Vaccination in Burma 1912-1922 - 1912-1922
Year: 1912
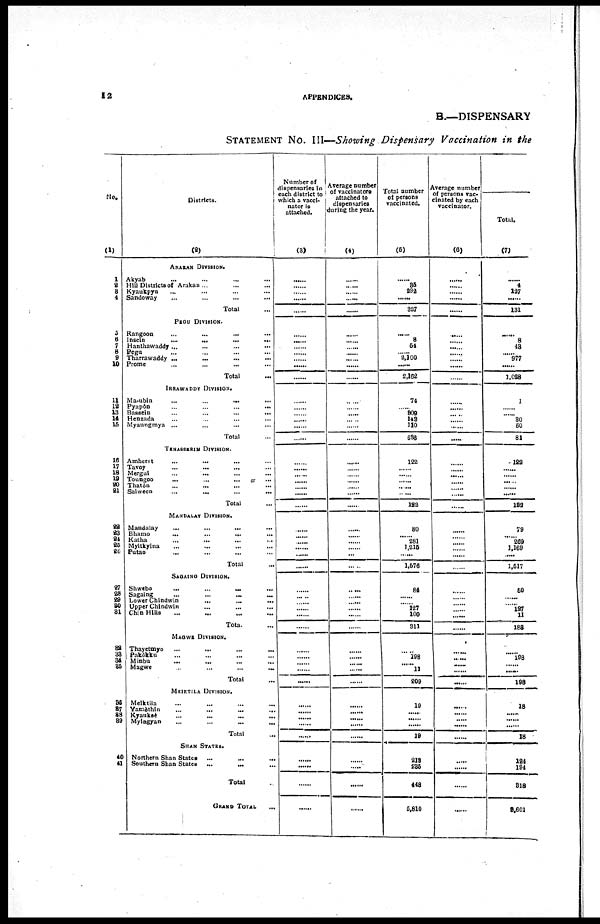
12
APPENDICES.
B.—DISPENSARY
STATEMENT No. III—Showing Dispensary Vaccination in the
No.
(1)
1
2
3
4
5
6
7
8
9
10
11
12
13
14
16
16
17
18
19
20
21
22
23
24
25
26
27
28
29
30
31
32
33
34
35
36
37 38
39
40
41
Districts.
(2)
ARAKAN DIVISION.
Akyab ... ... ... ...
Hill Districts of Arakan... ... ...
Kyaukpyu ... ... ... ...
Sandoway ... ... ... ...
Total ...
PEGU DIVISION.
Rangoon
...
...
...
...
Insein
...
...
...
...
Hanthawaddy... ... ... ...
Pegu ... ... ... ...
Tharrawaddy ...
...
... ...
Prome ... ... ... ...
Total ...
IRRAWADDY DIVISION.
Ma-ubin
...
...
... ...
Pyapôn ... ... ... ...
Bassein
...
...
...
...
Henzada ... ... ... ...
Myaungmya ...
...
... ...
Total ...
TENASSERIM DIVISION.
Amherst
...
... ... ...
Tavoy
...
... ... ...
Mergui
...
... ... ...
Toungoo ... ... ... ...
Thatôn ... ... ... ...
Salween ... ... ... ...
Total ...
MANDALAY DIVISION.
Mandalay
...
...
...
...
Bhamo
...
...
... ...
Katha ... ... ... ...
Myitkyina ... ... ... ...
Putao ... ... ... ...
Total ...
SAGAING DIVISION.
Shwebo
...
...
...
...
Sagaing
...
...
...
...
Lower Chindwin
...
...
... ...
Upper Chindwin ... ... ... ...
Chin Hills ... ... ... ...
Total. ...
MAGWE DIVISION.
Thayetmyo
...
...
...
...
Pakôkku ... ... ... ...
Minbu
... ... ... ...
Magwe
..
...
...
...
Total ...
MEIKTILA DIVISION.
Meiktila ... ... ... ...
Yaraèthin
...
...
...
...
Kyauksè ... ... ... ...
Myingyan ... ... ... ...
Total ...
SHAN STATES.
Northern Shan States
... ... ...
Southern Shan States
...
...
...
Total ...
GRAND TOTAL
Number of
dispensaries in
each district to
which a vacci-
nator is
attached.
(3)
......
......
......
......
......
......
......
......
......
......
......
......
......
......
......
......
......
......
......
......
......
......
......
......
......
......
......
......
......
......
......
......
......
......
......
......
......
......
......
......
......
......
......
......
......
......
......
......
......
......
......
Average number
of vaccinators
attached to
dispensaries
during the year.
(4)
......
......
......
......
......
......
......
......
......
......
......
......
......
......
......
.....
......
......
......
......
......
......
......
......
......
......
......
......
......
......
......
......
......
......
......
......
......
......
......
......
......
......
......
......
......
......
......
......
.....
......
......
Total number
of persons
vaccinated.
(5)
......
35
392
......
327
......
8
54
2,100
......
2,162
74
......
809
143
110
686
122
......
......
......
..... ......
122
80
......
281
1,215
......
1,576
84
......
......
127
100
311
......
198
......
11
209
19
......
......
......
19
218
235
448
5,810
Average number
of persons vac¬
cinated by each
vaccinator.
(6)
......
......
......
......
......
......
......
......
......
......
......
......
......
......
......
......
......
......
......
......
......
......
......
......
......
......
......
......
......
......
......
......
......
......
......
......
......
......
......
......
......
......
......
......
......
......
......
......
......
......
......
Total.
(7)
......
4
127
......
131
......
8
43
......
977
......
1,028
1
......
......
30
50
81
122
......
......
.....
......
......
122
79
......
269
1,169
......
1,517
50
......
......
127
11
188
......
198
......
.....
198
18
......
......
......
18
124
194
318
8,601